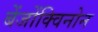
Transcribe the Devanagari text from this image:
बेंजोंक्विनोन